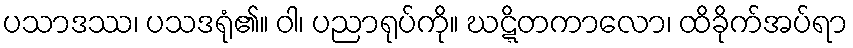
ပသာဒဿ၊ ပသဒရုံ၏။ ဝါ၊ ပညာရုပ်ကို။ ဃဋ္ဋိတကာလော၊ ထိခိုက်အပ်ရာ